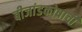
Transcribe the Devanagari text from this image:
बीजांडकोषाची